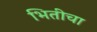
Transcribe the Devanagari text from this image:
भितीचा